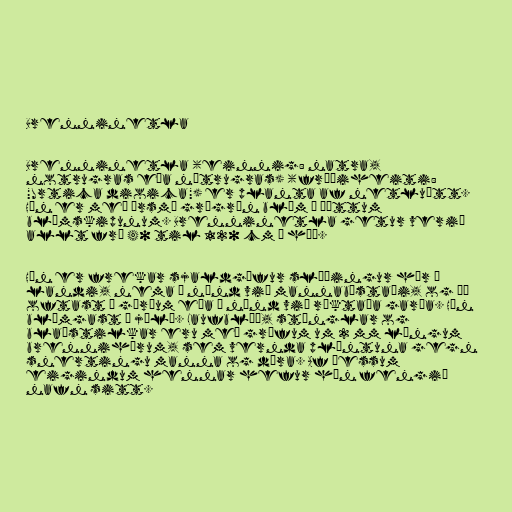
Brenninetla

Brenninetla (einnig: natra,
notrugras eða nötrugras) (fræðiheiti:
"Urtica dioica") er planta af netluætt.
Hún er með örsmá grágræn blóm í þéttum
blómskipunum. Brenninetla getur verið
allt frá 40 til 120 cm á hæð.

Hún er frekar sjaldgæfur slæðingur hér á
landi, nema í nánd við mannabústaði, og þá
oftast í görðum eða í nánd við ræktaða garða. Hún
blómgast í júlí. Laufblöð, stönglar og
blaðstilkar eru með grófum um 2 mm löngum
brennihárum, sem vernda plöntuna gegn
snertingu manna og dýra. Af þessum
eigindum hennar hefur hún fengið
nafn sitt.